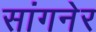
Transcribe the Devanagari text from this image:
सांगनेर